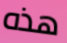
هذه